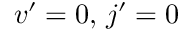
v ^ { \prime } = 0 , \, j ^ { \prime } = 0